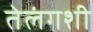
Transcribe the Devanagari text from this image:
तेलंगशी